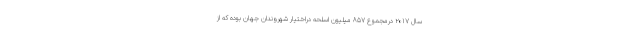
سال ۲۰۱۷ درمجموع ۸۵۷ میلیون اسلحه دراختیار شهروندان جهان بوده که از